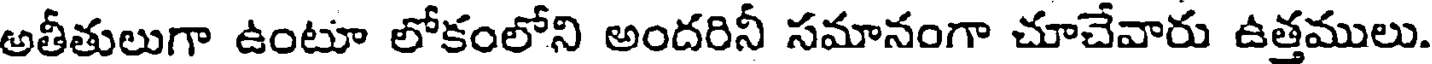
అతీతులుగా ఉంటూ లోకంలోని అందరినీ సమానంగా చూచేవారు ఉత్తములు.